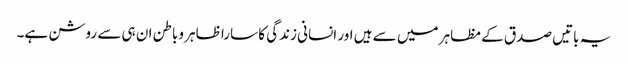
یہ باتیں صدق کے مظاہر میں سے ہیں اور انسانی زندگی کا سارا ظاہر وباطن ان ہی سے روشن ہے۔